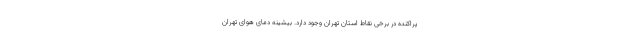
پراکنده در برخی نقاط استان تهران وجود دارد. بیشینه دمای هوای تهران